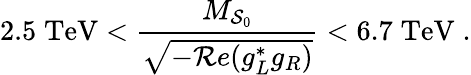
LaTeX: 2.5\; \mathrm{TeV}<\frac{M_{{\cal S}_{0}}}{\sqrt{-{\cal R}e(g_{L}^{*}g_{R})}}<6.7\; \mathrm{TeV}\; .